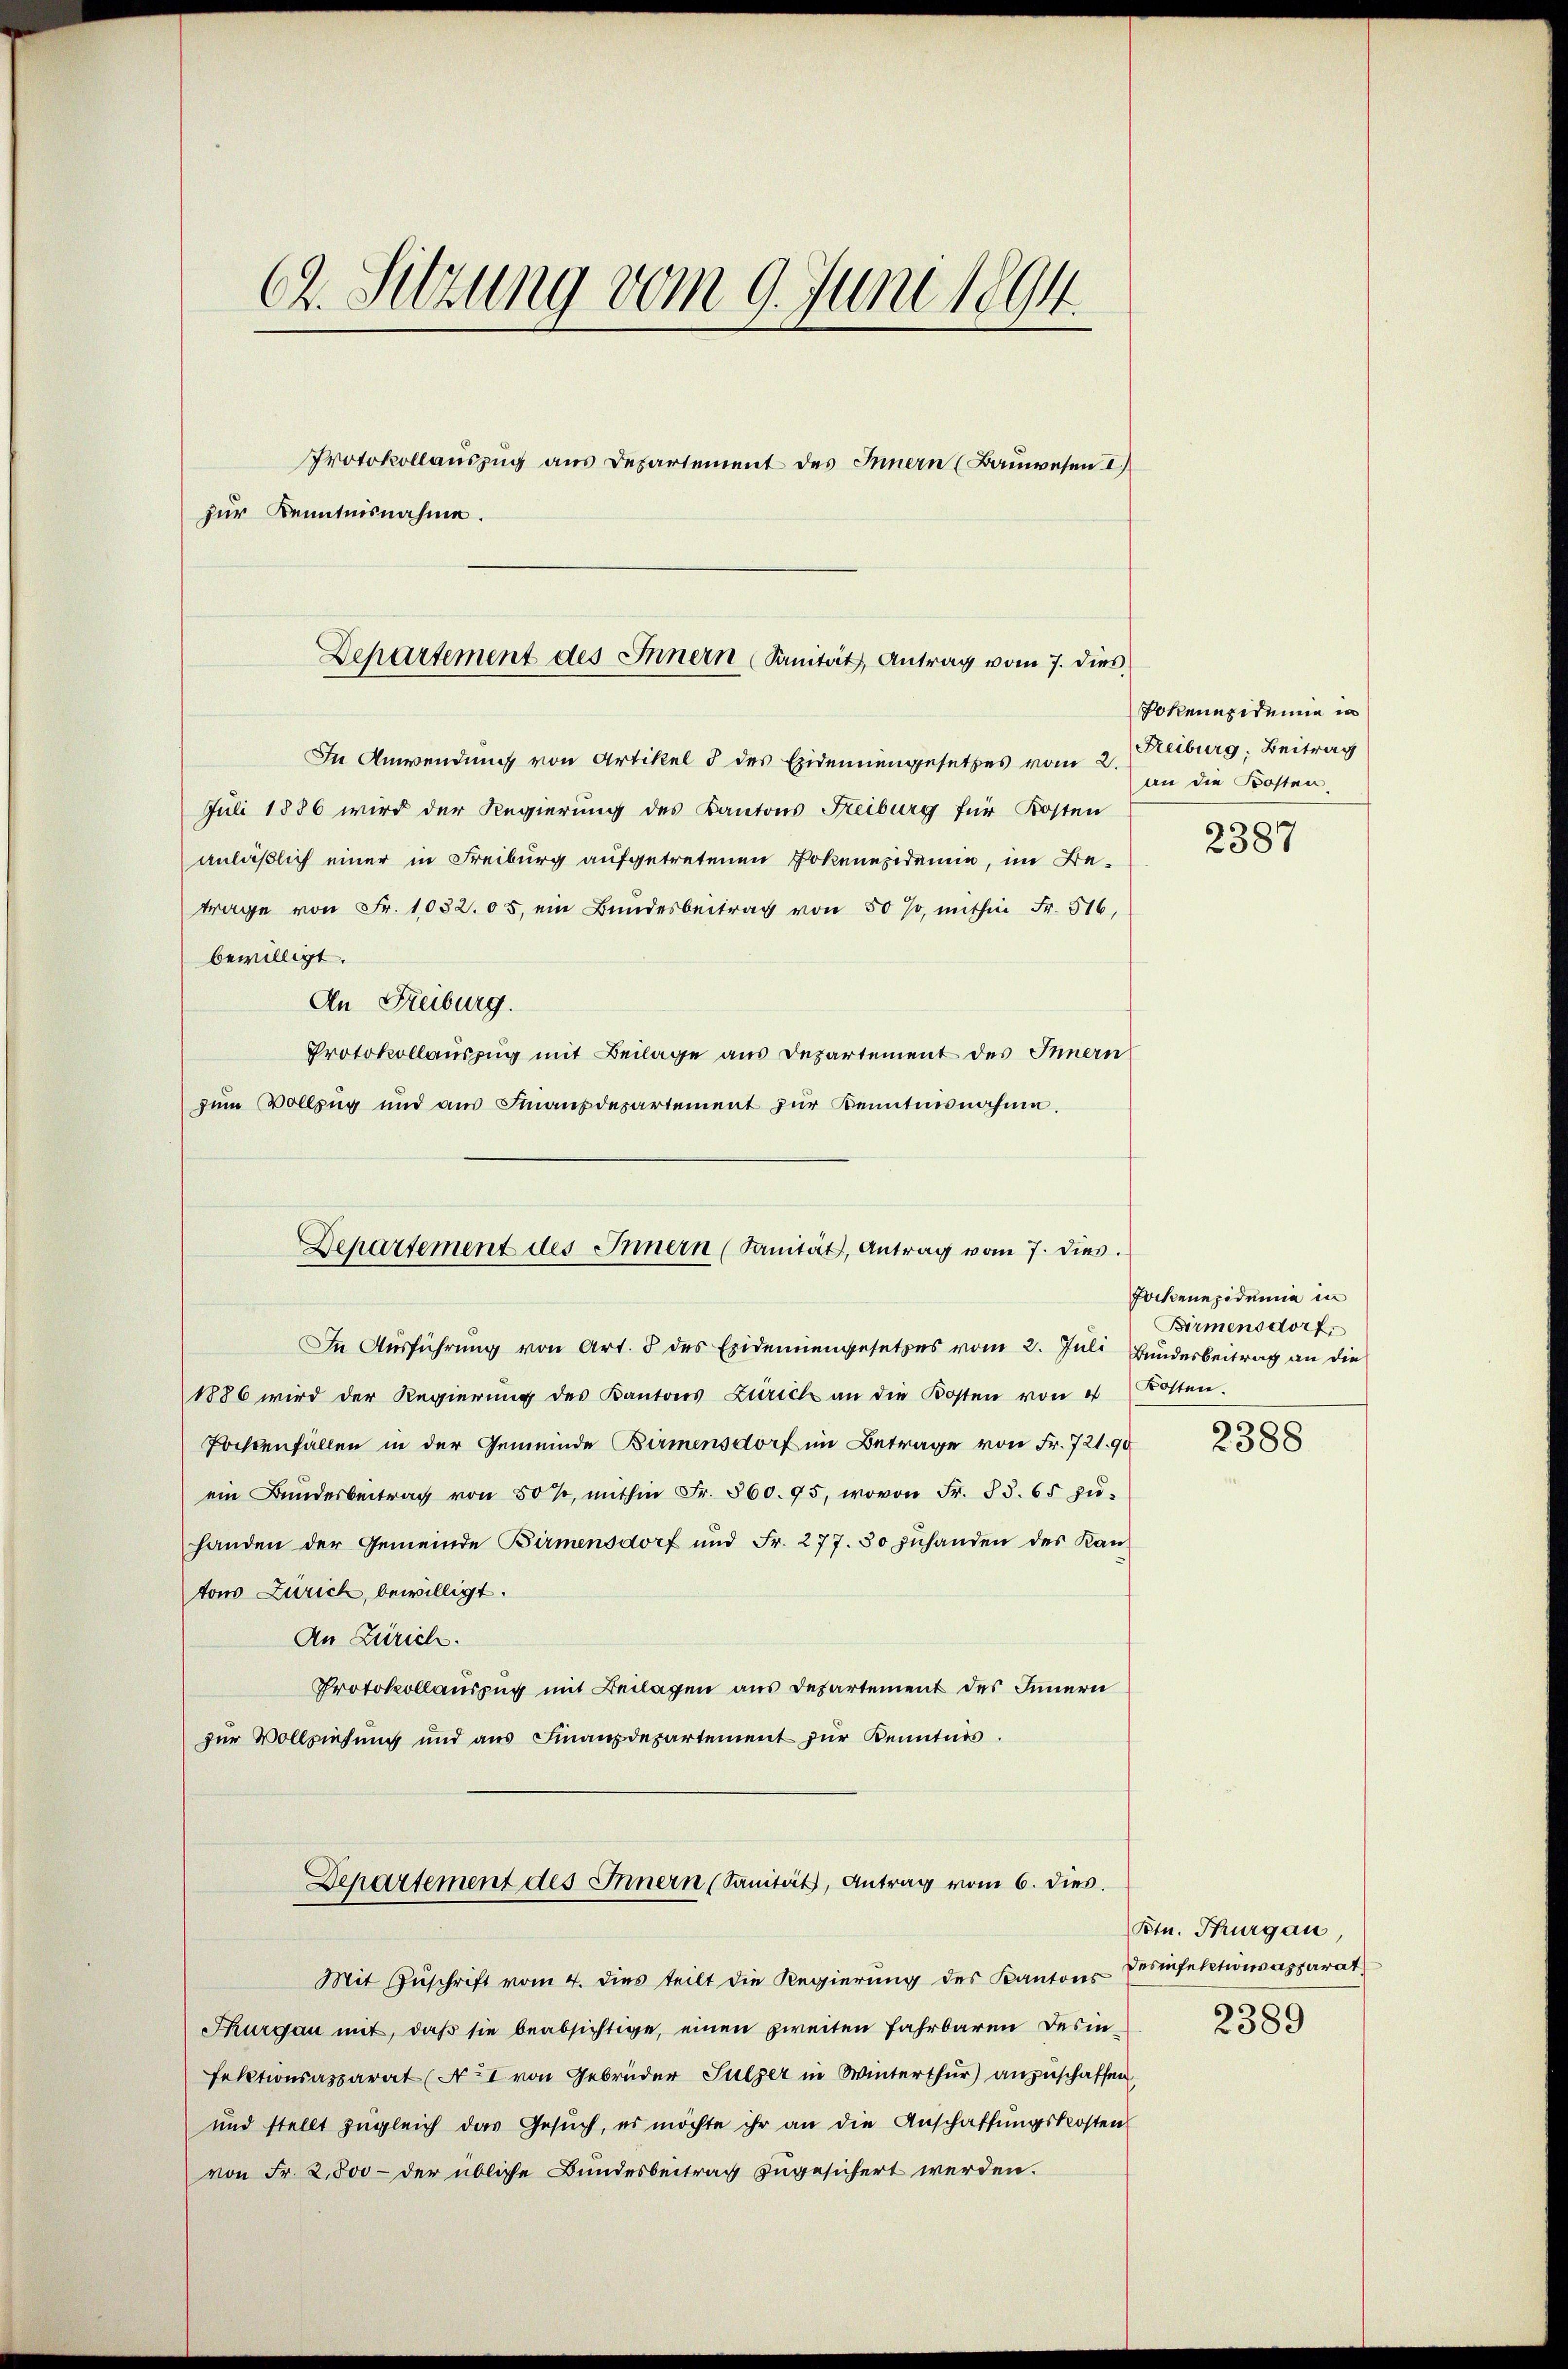
Ch. Sitzung vom 9. Juni 1894.
Protokollauszug aus Departement des Innern (Bauwesen I.)
zur Kenntnisnahme.

In Anwendung von Artikel 8 des Eidenmengesetzes vom 2. Feburg, Beitrag
Juli 1886 wird der Regierung des Kantons Reiburg für Kosten
anläßlich einer in Freiburg aufgetretenen Pokenepidemie, im Betrage von Fr. 1032.05, ein Bundesbeitrag von 50 %, mithin Fr. 516,
bewilligt.
An Freiburg.
Protokollauszug mit Beilage aus Departement des Innern
zum Vollzug und aŭs Finanzdepartement zŭr Kenntnisnahme.
In Ausführung von Art. 3 des Exidemiengesetzes vom 2. Juli, Bundesbeitrag an die
1886 wird der Regierŭng des Kantons Zürich an die Kosten von 4 Dotten.
Tochtenfällen in der Gemeinde Birmensdorf im Betrage von Fr. 721. 90
ein Bunderbeitrag von 50 %, mithin Fr. 360. 95, wovon Fr. 83. 65 zŭ-
handen der Gemeinde Birmensdorf und Fr. 277. 30 zŭhanden des Kan
tons Zürich, bewilligt.
An Zürich.
Protokollauszug mit Beilagen aus Departement des Innern
zur Vollziehung und aus Finanzdepartement zur Kenntnis.
Departement des Innern (Sanität, Antrag vom 6. dies.
Mit Zŭschrift vom 4. dies teilt die Regierŭng des Kantons Perfektionsapparat
Thurgau mit, daß sie beabsichtige, einen zweiten Fahrbaren Desinfektionsapparat (Ao I von Gebrüder Sulzer in Winterthur) anzuschaffen,
und stellt zŭgleich das Gesŭch, es möchte ihr an die Anschaffŭngskosten
von Fr. 2,800 - der übliche Bundesbeitrag zugesichert werden.

Departement des Innern (Sanität, Antrag vom 7. dies

Departement des Innern (Sanität, Antrag vom 7. dies

Doknungedemie in
an die Kosten

2387

Fockenepidemie in
Birmensdorf.

2388

Ptn. Thurgau
2389